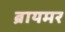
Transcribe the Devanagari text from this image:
ब्रायमर